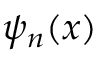
\psi _ { n } ( x )